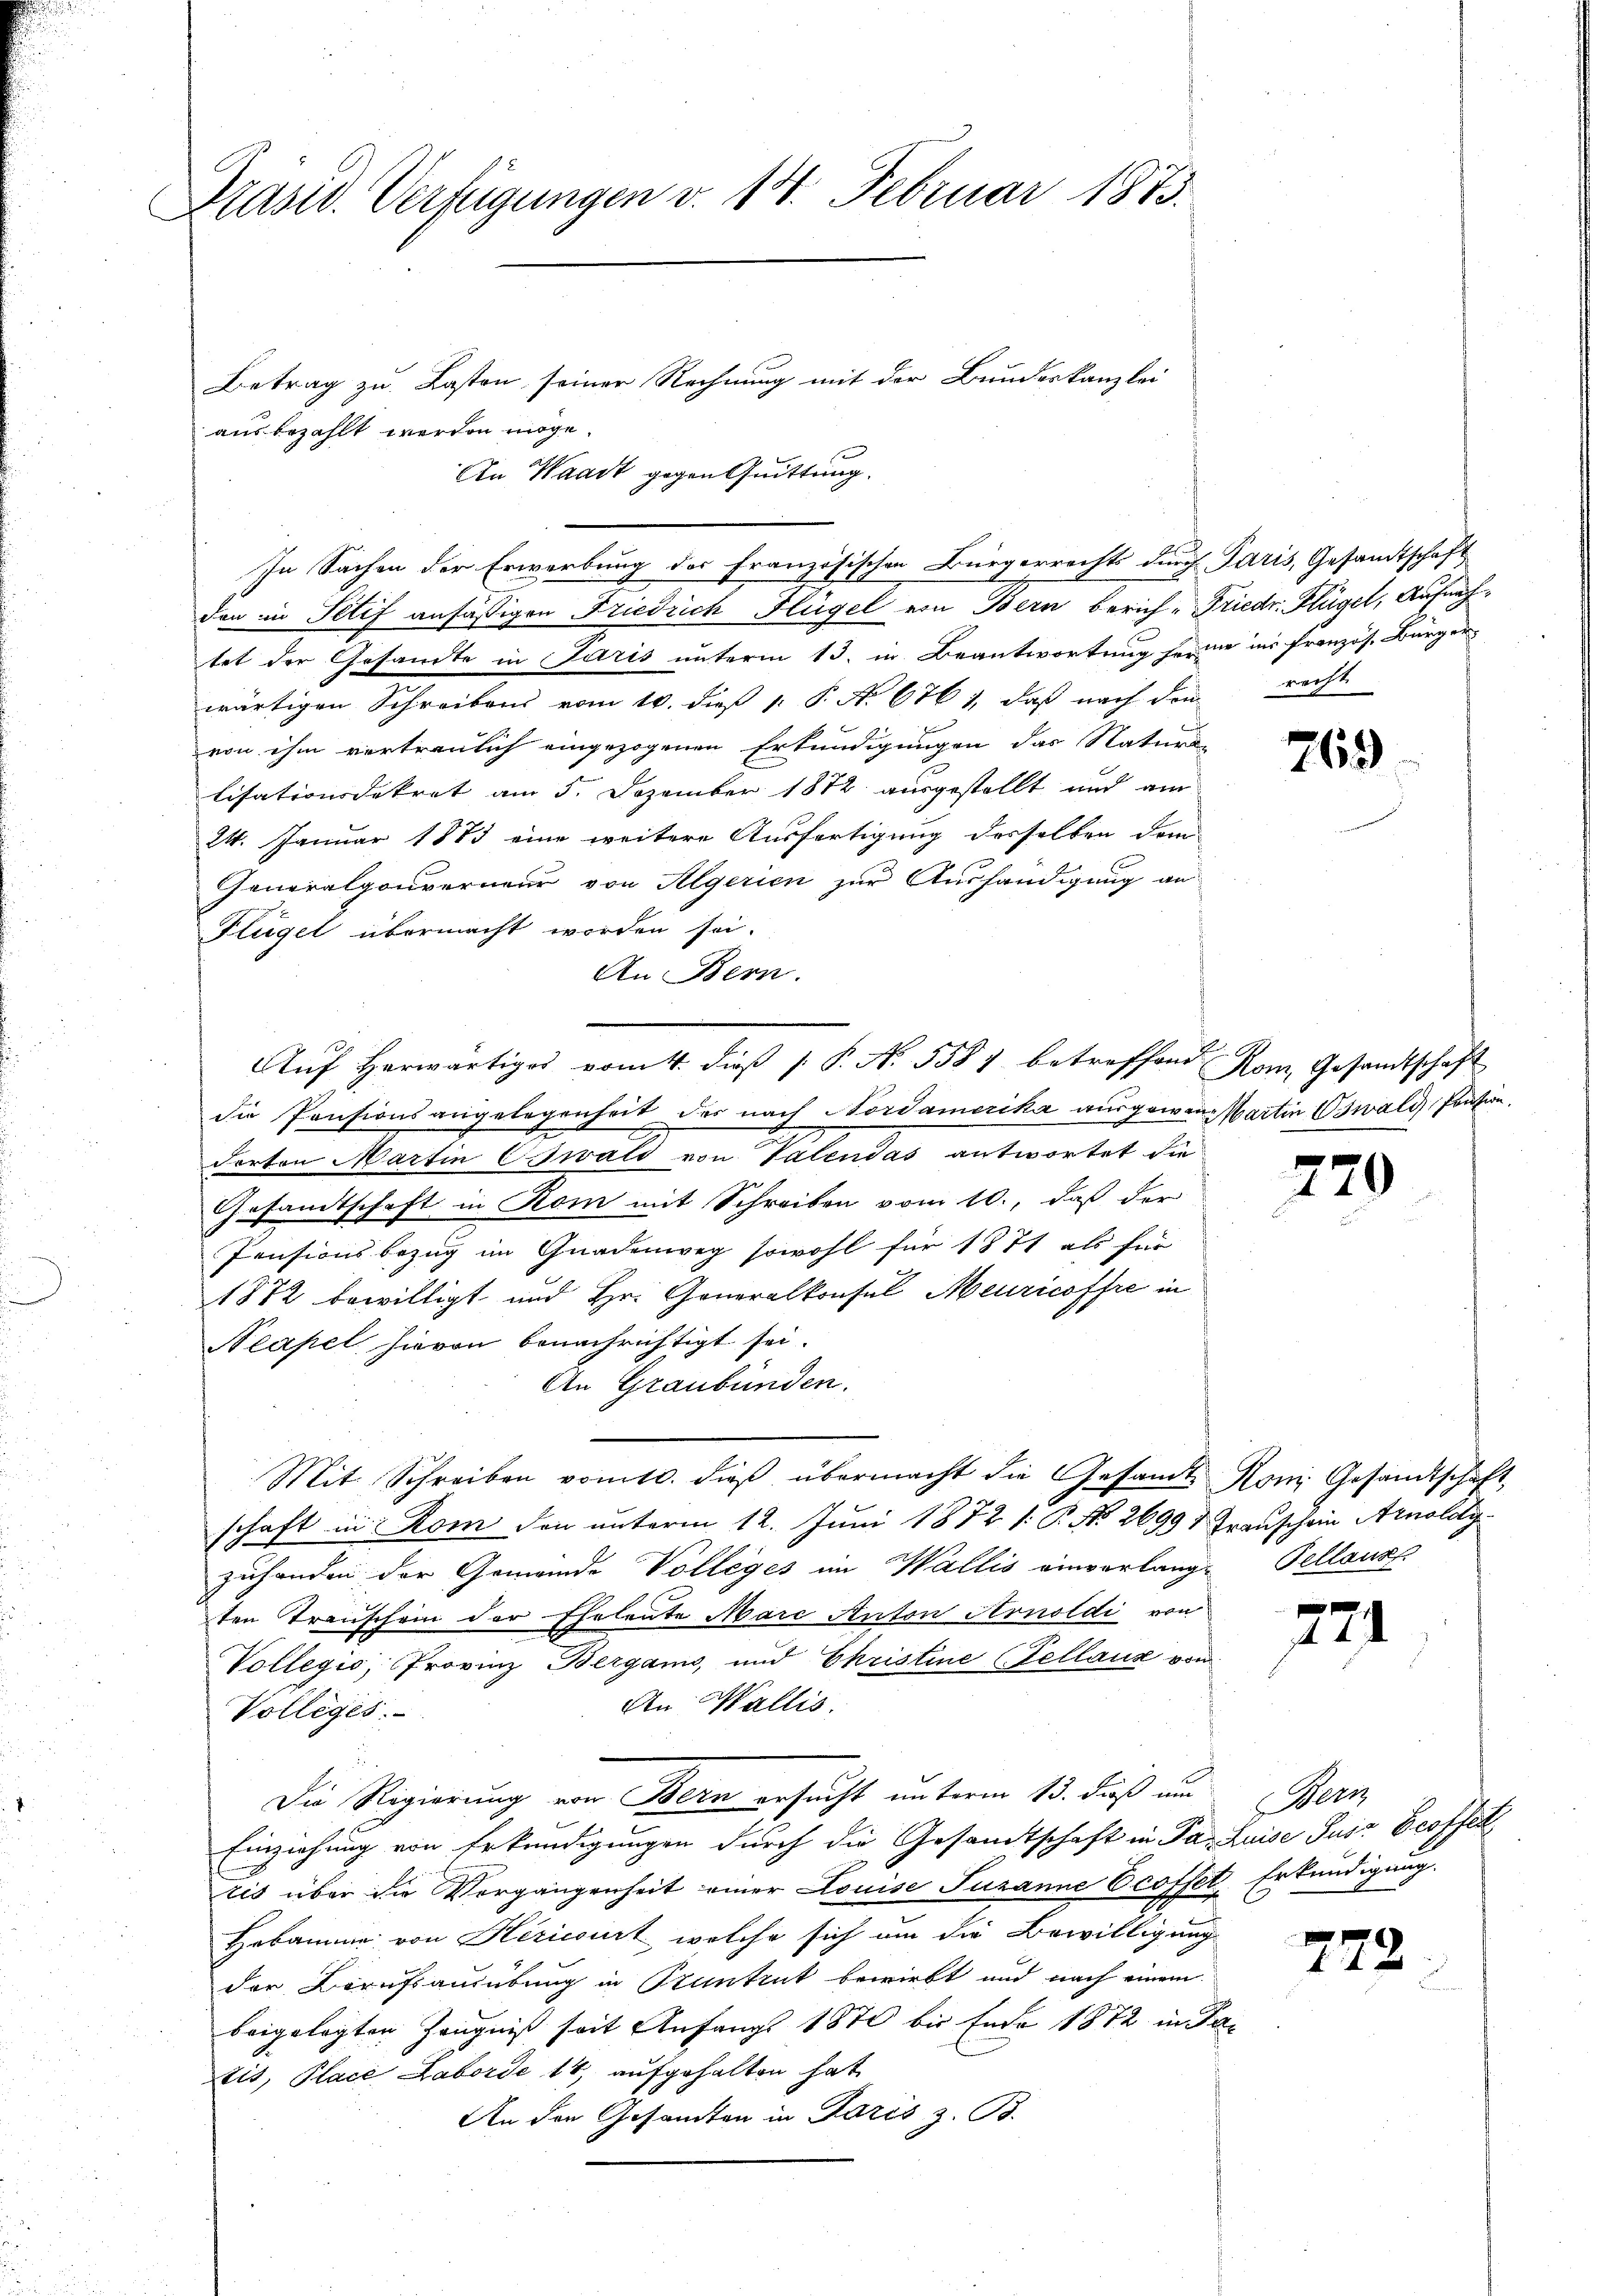
Präsid. Verfügungen v. 17. Februar 1873.
Betrag zu Lasten seiner Rechnung mit der Bundeskanzlei
ausbezahlt werden möge.

den in Petif ansäßigen Friedrich Flügel von Bern berich-Friedr. Hügel, Aufnahtet der Gesandte in Paris unterm 13. in Beantwortung seine ins französ. Bürger
wärtigen Schreibens vom 10. dieß P. P. N. 676 1, daß nach den recht
von ihm vertraulich eingezogenen Erkundigungen das Naturs
lisationsdekret am 5. Dezember 1872 ausgestellt und am
24. Januar 1883 eine weitere Ausfertigung desselben dem
Generalgouverneur von Algerien zur Aushändigung an
Flügel übermacht worden sei.
An Bern.
die Pensionsangelegenheit des nach Nordamerika ausgewann Martin Oswald, Pension,
Porton Martin CGewald von Valendas antwortet die
Gesandtschaft in Rom mit Schreiben vom 10., daß der
Pensionsbezug im Gnadenweg sowohl für 1871 als für
1872 bewilligt und Hr. Generalkonsul Meuricoffre in
Neapel hievon benachrichtigt sei.
An Graubünden.
Mit Schreiben vom 10. dieβ übermacht die Gesamt Rom. Gesandtschaft,
schaft in Rom den unterm 12. Juni 1872. 1. P. No. 2699 & Trauschein Arnoldy
zuhanden der Gemeinde Volleges im Wallis einverlangt Tellauss
ten Transchein der Eheleute Mare Anton Arnoldi von
Vollegio, Provinz Bergans, und Ehristine (Tellaus von
An Wallis.
Volleges.
.
Die Regierung von Bern ersucht unterm 13. dieß um
Einziehung von Erkundigungen durch die Gesandtschaft in Par Luise Jus Groffen
tis über die Vorgangenheit einer Louise Susanne Ecoffet Erkundigung.
Hebamme von Hericourt, welche sich um die Bewilligung
der Berufsausübung in Stuntrut bewirkt und nach einem
beigelegten Zeugniß seit Anfangs 1870 bis Ende 1872 in de
tit, Place Laborde 14, aufgehalten hat
An den Gesandten in Paris z. B.

An Waadt gegen Quittung.
In Sachen der Erwerbung des Französischen Bürgerrechts durch Paris, Gesandtschaft

Aŭf herwärtiges vom 4. diβ /: P. N. 5587 betreffend Rom Gesandtschaft

769

270

7

.

ern

772